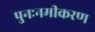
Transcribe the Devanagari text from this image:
पुनःनमीकरण